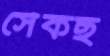
সেঁকছ